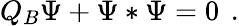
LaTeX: Q_{B}\Psi+\Psi*\Psi=0\left.\right.\ .